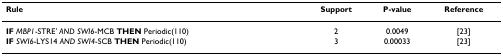
<table><thead><tr><td><b>Rule</b></td><td><b>Support</b></td><td><b>P-value</b></td><td><b>Reference</b></td></tr></thead><tbody><tr><td><b>IF </b><i>MBP1</i>-STRE&#x27; <i>AND SWI6</i>-MCB <b>THEN </b>Periodic(110)</td><td>2</td><td>0.0049</td><td>[23]</td></tr><tr><td><b>IF </b><i>SWI6</i>-LYS14 <i>AND SWI4</i>-SCB <b>THEN </b>Periodic(110)</td><td>3</td><td>0.00033</td><td>[23]</td></tr></tbody></table>